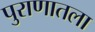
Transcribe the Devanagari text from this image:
पुराणातला